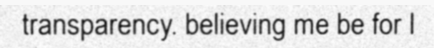
transparency. believing me be for I